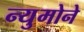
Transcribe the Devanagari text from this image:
न्युमोने